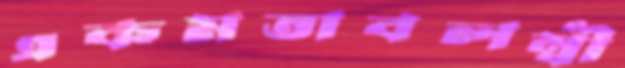
একমতাবলম্বী